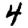
Digit: 4